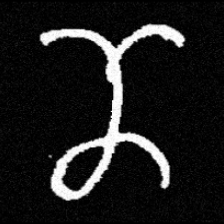
Pyu character \u2014 Myanmar letter: ဏ (romanized: nna)